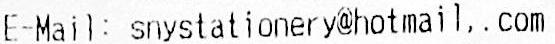
E-MAIL: SNYSTATIONERY@HOTMAIL,.COM